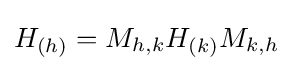
H_{(h)}=M_{h,k}H_{(k)}M_{k,h}